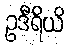
ဥဒီရိယိ